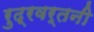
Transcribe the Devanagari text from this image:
रुद्रवर्तनी